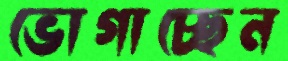
ভোগাচ্ছেন